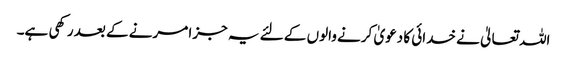
اللہ تعالیٰ نے خدائی کا دعویٰ کرنے والوں کے لئے یہ جزا مرنے کے بعد رکھی ہے۔